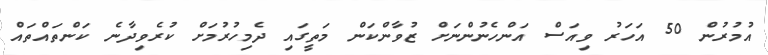
އުމުރުން 50 އަހަރު ވިއަސް އަންހެނުންނަށް ޒުވާންކަން މަތީގައި ދެމިހުރުމަށް ކުރެވިދާނެ ކަންތައްތައް